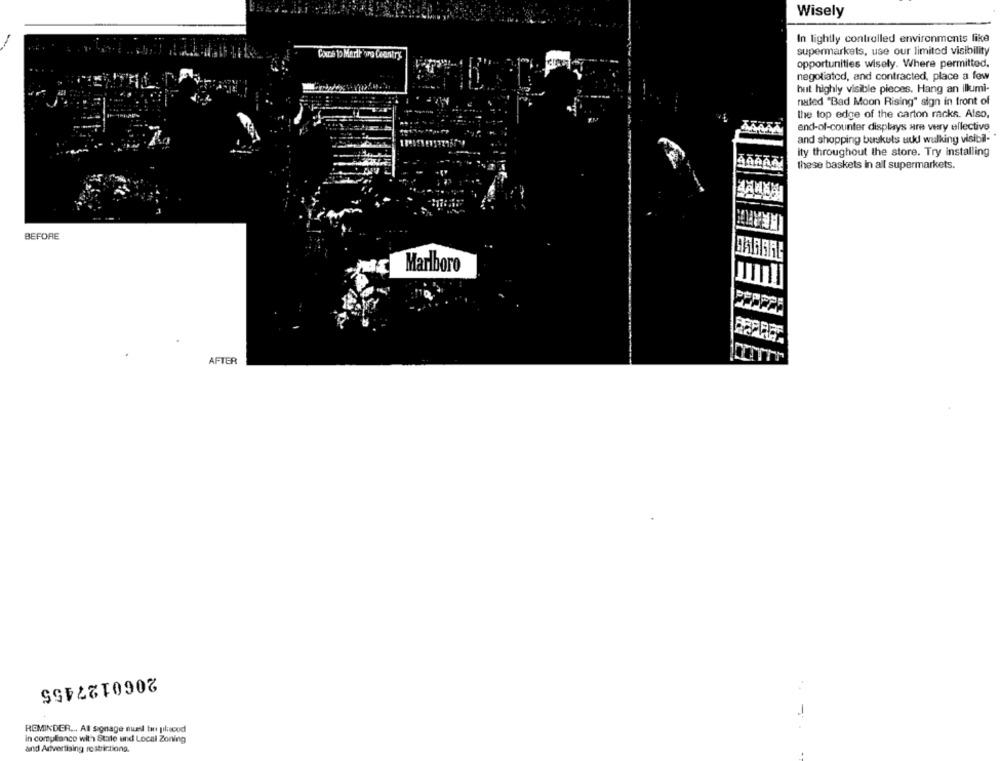
Wisely
In lightly controlled environments like
supermarkets, use our limited visibility
CxDe to Merir oro Ceantry
opportunities wisely. Where permitted.
negotiated, and contracted, place a few
hut highly visible pieces. Hang an Illumi-
nated "Bad Moon Rising" sign in front of
the top edge of the carton racks. Also,
end-of-counter displays are very ellective
and shopping baskets uud walking visibil-
ity throughout the store. Try installing
these baskets in all supermarkets.
BEFORE
Marlboro
AFTER
2060127455
REMINDER ... Al signage mel tin pilucod
in compliance with State und Local Zoning
and Advertising restrictiona.